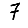
Digit: 7